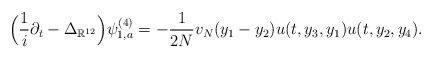
\begin{align*}\Big(\frac{1}{i}\partial_t-\Delta_{\mathbb{R}^{12}}\Big)\psi_{1,a}^{(4)}=-\frac{1}{2N}v_N(y_1-y_2)u(t,y_3,y_1)u(t,y_2,y_4).\end{align*}